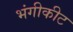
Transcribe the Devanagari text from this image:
भंगीकीट